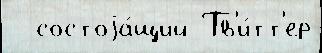
  состоjа́щий Тв'и́тт'ер